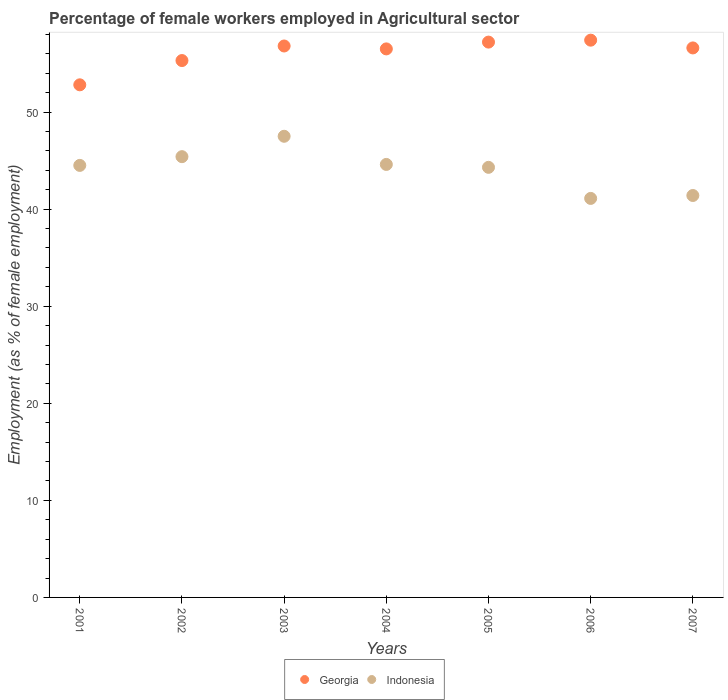
| Years | Georgia | Indonesia |
 | --- | --- | --- |
 | 2001 | 52.8 | 44.5 |
 | 2002 | 55.3 | 45.4 |
 | 2003 | 56.8 | 47.5 |
 | 2004 | 56.5 | 44.6 |
 | 2005 | 57.2 | 44.3 |
 | 2006 | 57.4 | 41.1 |
 | 2007 | 56.6 | 41.4 |